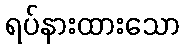
ရပ်နားထားသော